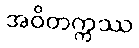
အဝိတက္ကဿ